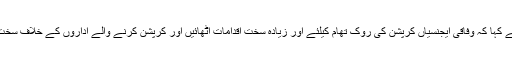
چیئر مین کمیٹی سینیٹر جاوید عباسی نے کہا کہ وفاقی ایجنسیاں کرپشن کی روک تھام کیلئے اور زیادہ سخت اقدامات اٹھائیں اور کرپشن کرنے والے اداروں کے خلاف سخت سے سخت کاروائی کی جانی چاہیے ۔